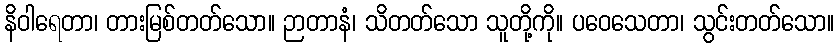
နိဝါရေတာ၊ တားမြစ်တတ်သော။ ဉာတာနံ၊ သိတတ်သော သူတို့ကို။ ပဝေသေတာ၊ သွင်းတတ်သော။